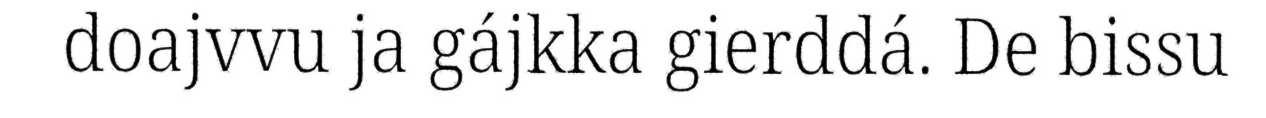
doajvvu ja gájkka gierddá. De bissu